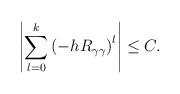
LaTeX: \begin{align*} \left| \sum_{l=0}^k\left(-h R_{\gamma \gamma}\right)^l \right| \le C.\end{align*}